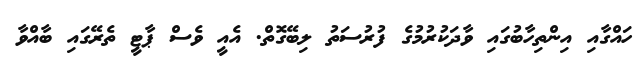
ހައްގާއި އިންތިހާބުގައި ވާދަކުރުމުގެ ފުރުސަތު ލިބޭގޮތް. އެއީ ވެސް ޕާޓީ ތެރޭގައި ބާއްވާ